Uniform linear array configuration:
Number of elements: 8
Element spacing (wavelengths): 0.5
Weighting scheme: uniform
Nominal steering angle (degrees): -15
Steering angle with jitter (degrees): -16.105
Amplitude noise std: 0.05
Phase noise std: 0.05

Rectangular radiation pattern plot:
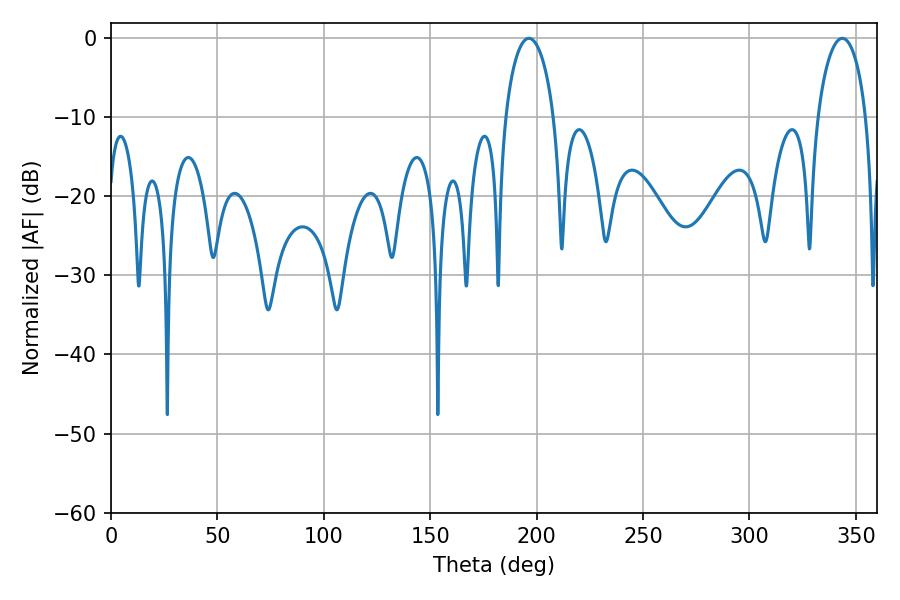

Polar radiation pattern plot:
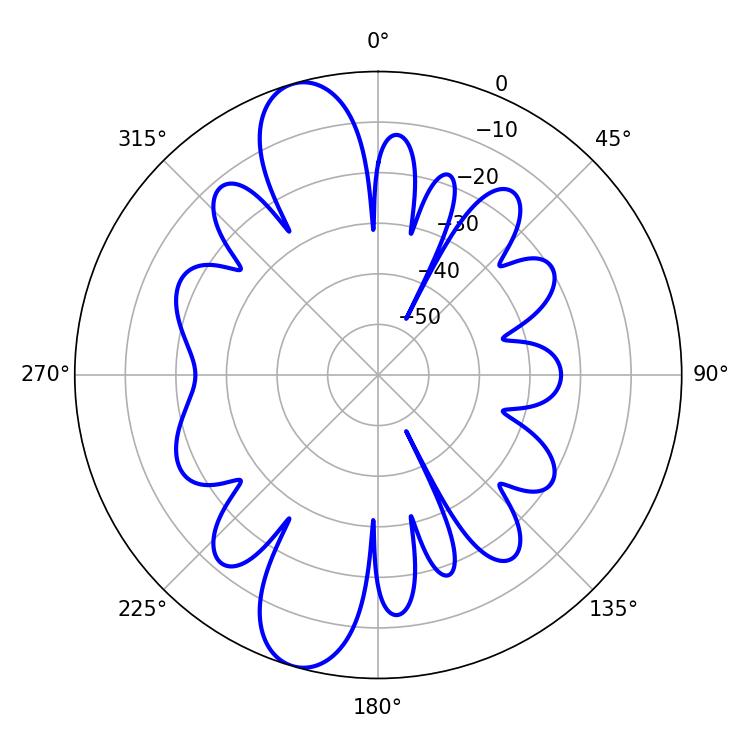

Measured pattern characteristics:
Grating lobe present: FALSE
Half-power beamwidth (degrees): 13.14
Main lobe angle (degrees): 196.38